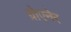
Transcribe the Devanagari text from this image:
ग्रोएनेर